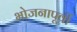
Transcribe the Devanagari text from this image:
भोजनापूर्वी